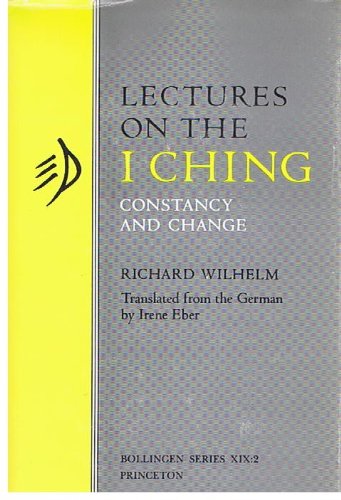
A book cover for Lectures on the "I Ching": Constancy and Change (Princeton Legacy Library); Richard Wilhelm; Religion & Spirituality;